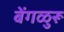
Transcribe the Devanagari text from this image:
बेंगळुरू